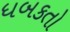
ધબકતો